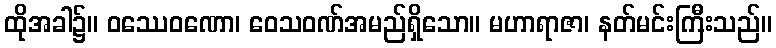
ထိုအခါ၌။ ဝဿေဝဏော၊ ဝေသဝဏ်အမည်ရှိသော။ မဟာရာဇာ၊ နတ်မင်းကြီးသည်။